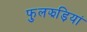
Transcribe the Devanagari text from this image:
फुलझड़ियां